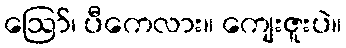
ဩော်၊ ပီကေလား။ ကျေးဇူးပဲ။